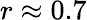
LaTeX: r\approx 0.7